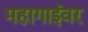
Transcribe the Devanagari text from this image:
महागाईवर